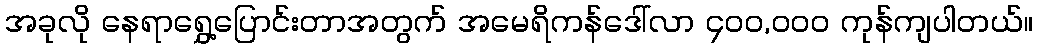
အခုလို နေရာရွှေ့ပြောင်းတာအတွက် အမေရိကန်ဒေါ်လာ ၄၀၀,၀၀၀ ကုန်ကျပါတယ်။